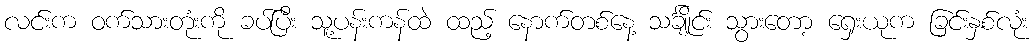
လင်းက ဝက်သားတုံးကို ခပ်ပြီး သူ့ပန်းကန်ထဲ ထည့် နောက်တစ်နေ့ သင်္ချိုင်း သွားတော့ ရှေးယုက ခြင်းနှစ်လုံး